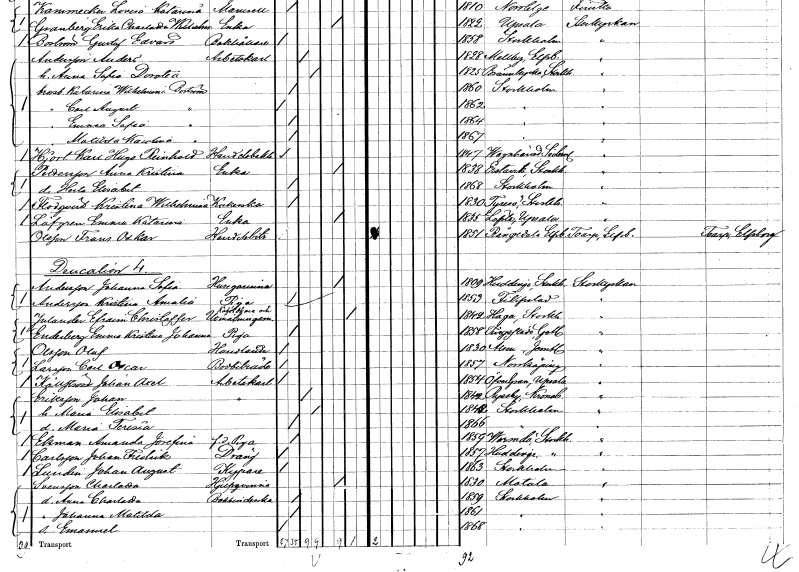
gt_parse: households: individuals: FN: Karl Hugo Reinhold
EN: Hjort
YRKE: Handelsbokhållare
KON: M
CIV: O
FODAR: 1847
FODFORS: Vagnhärad Södermanlands län
FN: Anna Kristina
EN: Pettersson
YRKE: Änka
KON: K
CIV: E
FODAR: 1838
FODFORS: Erstavik Stockholms län
FN: Herta Elisabet
KON: K
CIV: O
FODAR: 1868
FODFORS: Stockholm
FN: Kristina Wilhelmina
EN: Flodqvist
YRKE: Kokerska
KON: K
CIV: O
FODAR: 1830
FODFORS: Tyresö Stockholms län
FN: Emma Katarina
EN: Löfgren
YRKE: Änka
KON: K
CIV: E
FODAR: 1855
FODFORS: Lövsta bruk Uppsala län
FN: Frans Oskar
EN: Olsson
YRKE: Handelsbiträde
KON: M
CIV: O
FODAR: 1851
FODFORS: Rångedala Älvsborgs län
FN: Johanna Sofia
EN: Andersson
YRKE: Husägarinna
KON: K
CIV: E
FODAR: 1809
FODFORS: Huddinge Stockholms län
FN: Kristina Amalia
EN: Andersson
YRKE: Piga
KON: K
CIV: O
FODAR: 1853
FODFORS: Filipstad Värmlands län
FN: Efraim Christoffer
EN: Julander
YRKE: Kaféidkare Utmätningsman
KON: M
CIV: X
FODAR: 1842
FODFORS: Haga Stockholms län
FN: Emma Kristina Johanna
EN: Enderberg
YRKE: Piga
KON: K
CIV: O
FODAR: 1858
FODFORS: Tingstäde Gotlands län
FN: Olof
EN: Olsson
YRKE: Handlande
KON: M
CIV: O
FODAR: 1830
FODFORS: Alsen Jämtlands län
FN: Carl Oscar
EN: Larsson
YRKE: Bodbiträde
KON: M
CIV: O
FODAR: 1857
FODFORS: Norrköping Östergötlands län
FN: Johan Axel
EN: Källström
YRKE: Arbetskarl
KON: M
CIV: O
FODAR: 1854
FODFORS: Övergran Uppsala län
FN: Johan
EN: Eriksson
YRKE: Arbetskarl
KON: M
CIV: G
FODAR: 1842
FODFORS: Ryssby Kronobergs län
FN: Alma Elisabet
KON: K
CIV: G
FODAR: 1842
FODFORS: Stockholm
FN: Maria Teresia
KON: K
CIV: O
FODAR: 1866
FODFORS: Stockholm
FN: Amanda Josefina
EN: Ekman
YRKE: Piga f.d.
KON: K
CIV: O
FODAR: 1859
FODFORS: Värmdö Stockholms län
FN: Johan Fredrik
EN: Carlsson
YRKE: Dräng
KON: M
CIV: O
FODAR: 1857
FODFORS: Huddinge Stockholms län
FN: Johan August
EN: Lundin
YRKE: Kypare
KON: M
CIV: O
FODAR: 1863
FODFORS: Stockholm
FN: Charlotta
EN: Svensson
YRKE: Hjälpkvinna
KON: K
CIV: E
FODAR: 1830
FODFORS: Motala Östergötlands län
FN: Anna Charlotta
YRKE: Bokbinderska
KON: K
CIV: O
FODAR: 1859
FODFORS: Stockholm
FN: Johanna Matilda
KON: K
CIV: O
FODAR: 1861
FODFORS: Stockholm
FN: Emanuel
KON: M
CIV: O
FODAR: 1868
FODFORS: Stockholm